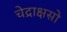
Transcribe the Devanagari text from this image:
चेद्राक्षसो